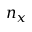
n _ { x }